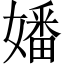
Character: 嬏